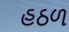
હઠળ